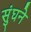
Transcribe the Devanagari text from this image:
सुंघने